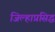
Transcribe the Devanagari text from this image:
जिल्हाप्रसिद्ध